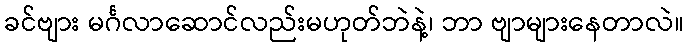
ခင်ဗျား မင်္ဂလာဆောင်လည်းမဟုတ်ဘဲနဲ့၊ ဘာ ဗျာများနေတာလဲ။